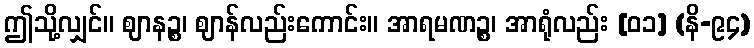
ဤသို့လျှင်။ ဈာနဉ္စ၊ ဈာန်လည်းကောင်း။ အာရမဏဉ္စ၊ အာရုံလည်း [၀၁] (နိ-၉၄)